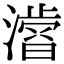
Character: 𭲾